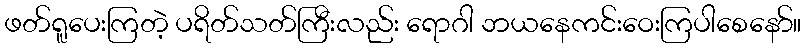
ဖတ်ရူပေးကြတဲ့ ပရိတ်သတ်ကြီးလည်း ရောဂါ ဘယနေကင်းဝေးကြပါစေနော်။